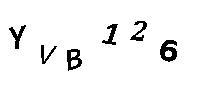
YVB126